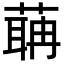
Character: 䔜